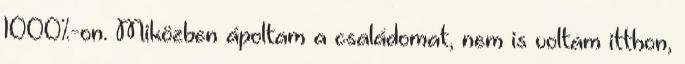
1000%-on. Miközben ápoltam a családomat, nem is voltam itthon,